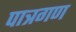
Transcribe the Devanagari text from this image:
पात्रगण